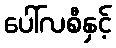
ပေါ်လစီနှင့်